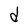
Character: d